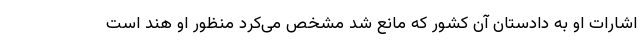
اشارات او به دادستان آن کشور که مانع شد مشخص می‌کرد منظور او هند است